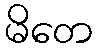
မိတေ